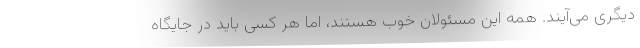
دیگری می‌آیند. همه این مسئولان خوب هستند، اما هر کسی باید در جایگاه